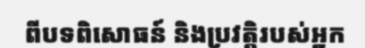
ពីបទពិសោធន៍ និងប្រវត្តិរបស់អ្នក